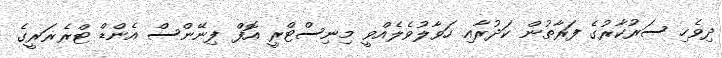
ދިވެހި ސަރުކާރުގެ ފަރާތުން ކަދުރާއި ހަވާލުވެލެއްވީ މިނިސްޓްރީ އޮފް ފިނޭންސް އެންޑް ޓްރެޜަރީގެ